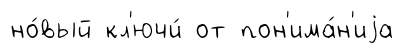
но́вый кл'ючи́ от пон'има́н'иjа